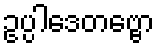
ဥပ္ပါဒေတဗ္ဗော